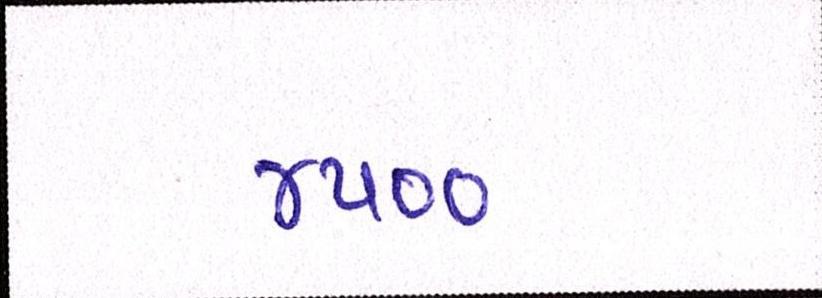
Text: ૪૫૦૦